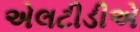
એલટીડીએ